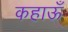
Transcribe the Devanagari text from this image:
कहाऊँ